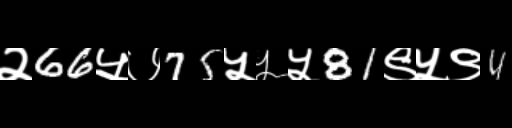
Text: २66५७75५५५81९५९4